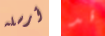
أرسله قد